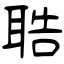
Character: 聕